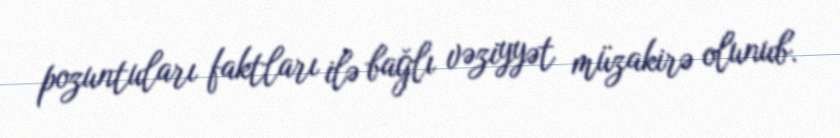
pozuntuları faktları ilə bağlı vəziyyət müzakirə olunub.